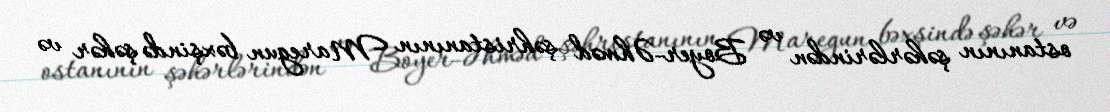
ostanının şəhərlərindən və Boyer-Əhməd şəhristanının Maregun bəxşində şəhər və